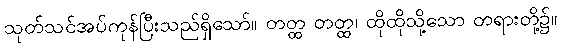
သုတ်သင်အပ်ကုန်ပြီးသည်ရှိသော်။ တတ္ထ တတ္ထ၊ ထိုထိုသို့သော တရားတို့၌။